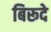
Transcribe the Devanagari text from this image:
बिरूदे